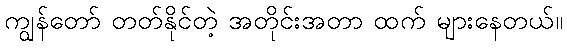
ကျွန်တော် တတ်နိုင်တဲ့ အတိုင်းအတာ ထက် များနေတယ်။